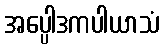
အပ္ပေါဒကပါယာသံ